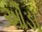
ઔડા